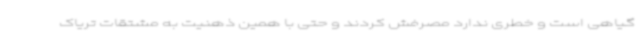
گیاهی است و خطری ندارد مصرفش کردند و حتی با همین ذهنیت به مشتقات تریاک